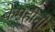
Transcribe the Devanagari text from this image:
केमहीनों